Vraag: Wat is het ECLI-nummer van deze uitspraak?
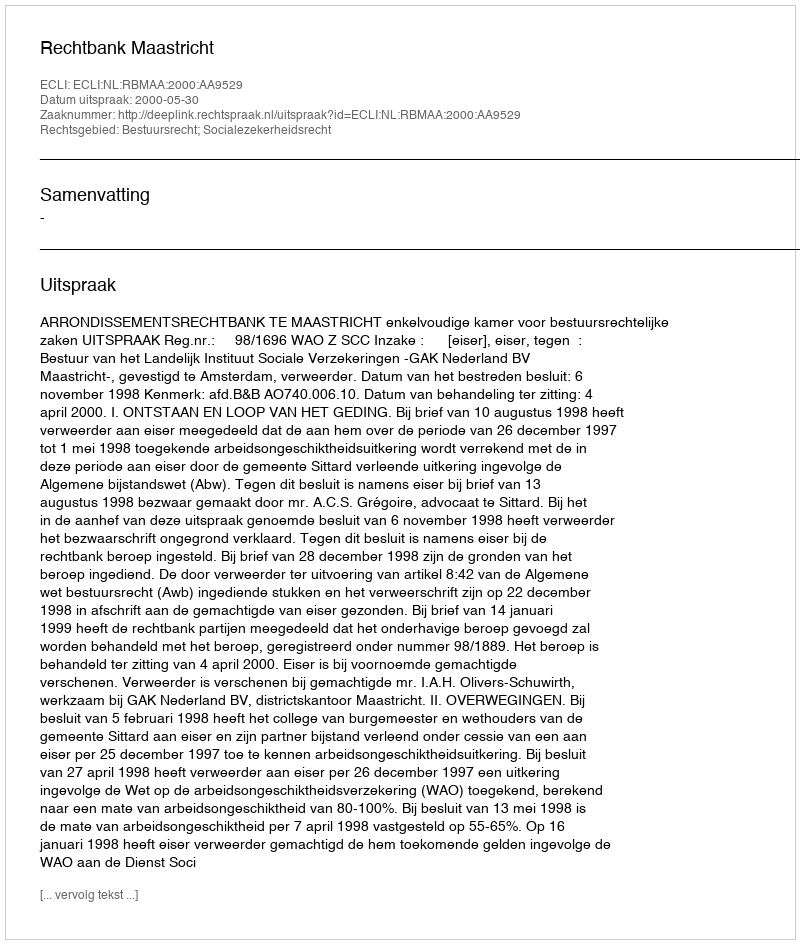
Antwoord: ECLI:NL:RBMAA:2000:AA9529